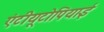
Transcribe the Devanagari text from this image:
एंटीयूटोपियाई